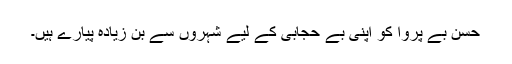
حسن بے پروا کو اپنی بے حجابی کے لیے شہروں سے بن زیادہ پیارے ہیں۔